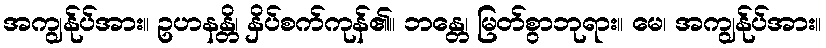
အကျွန်ုပ်အား။ ဥဟနန္တိ၊ နှိပ်စက်ကုန်၏။ ဘန္တေ၊ မြတ်စွာဘုရား။ မေ၊ အကျွန်ုပ်အား။